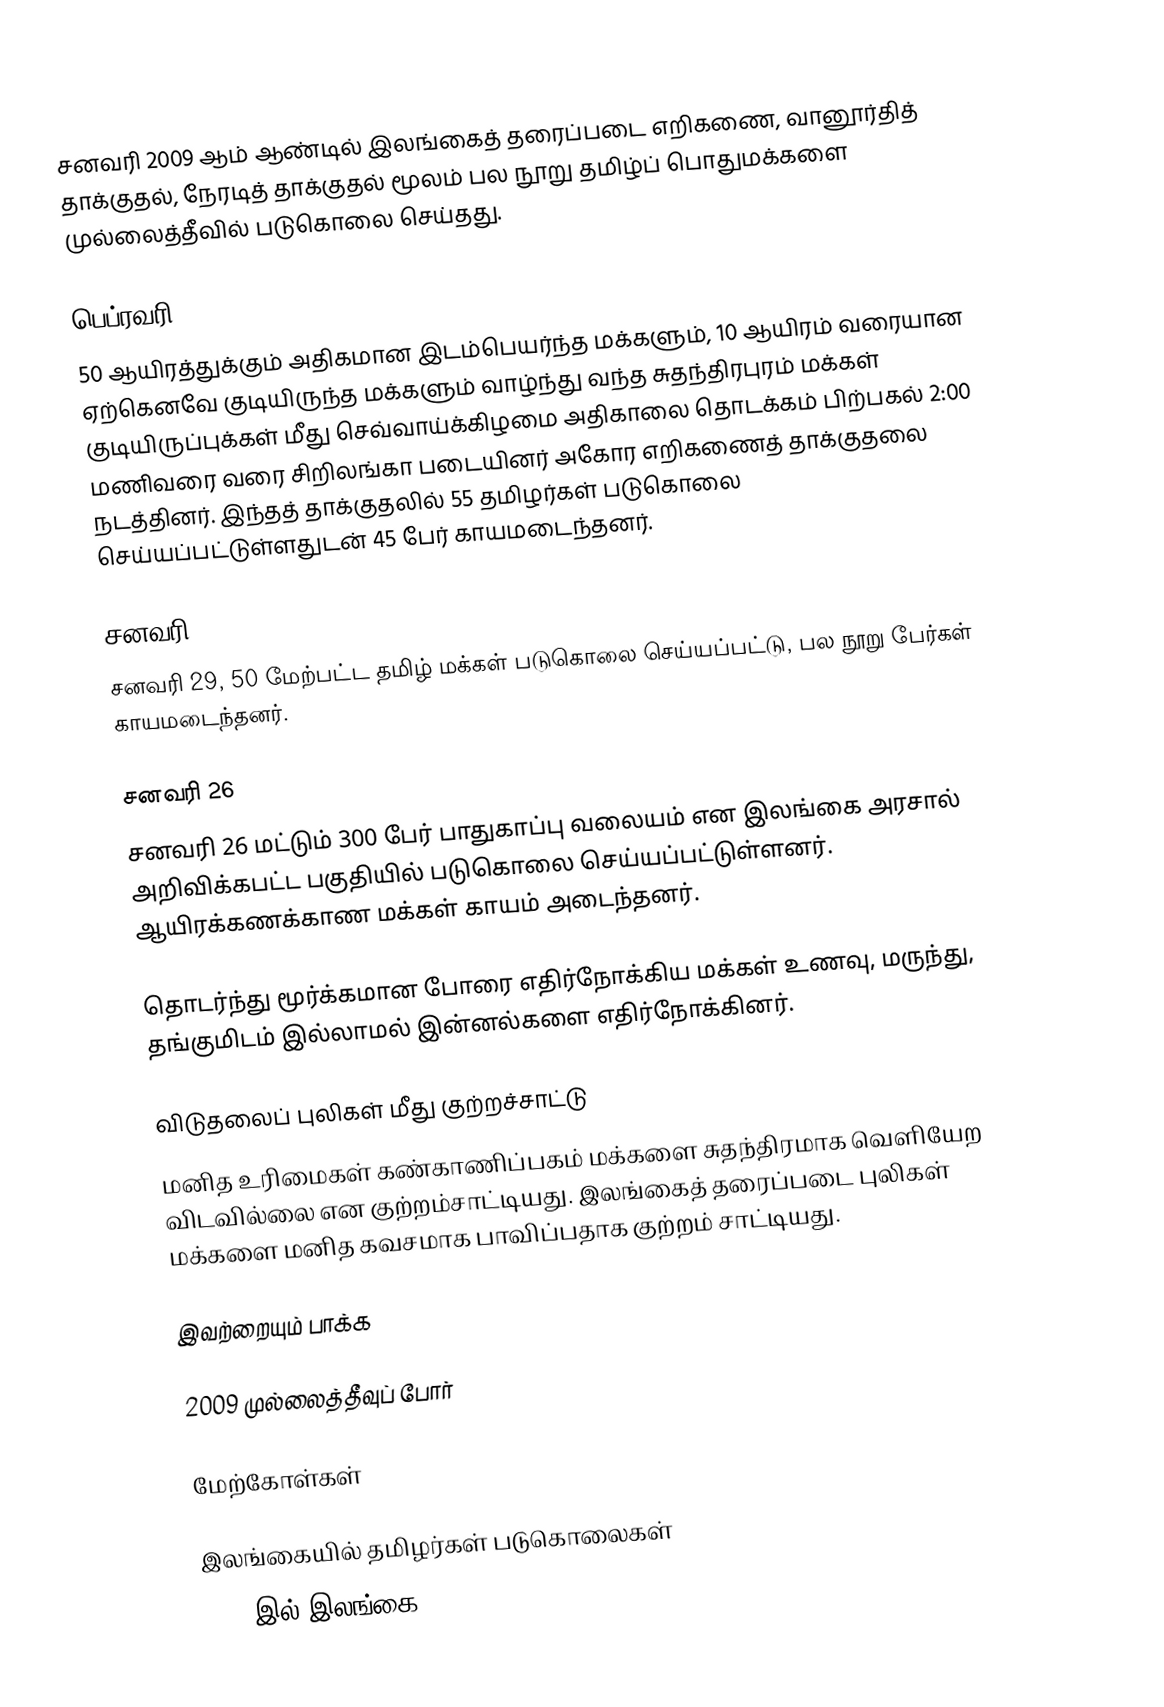
சனவரி 2009 ஆம் ஆண்டில் இலங்கைத் தரைப்படை எறிகணை, வானூர்தித் தாக்குதல், நேரடித் தாக்குதல் மூலம் பல நூறு தமிழ்ப் பொதுமக்களை முல்லைத்தீவில் படுகொலை செய்தது.

பெப்ரவரி 3
50 ஆயிரத்துக்கும் அதிகமான இடம்பெயர்ந்த மக்களும், 10 ஆயிரம் வரையான ஏற்கெனவே குடியிருந்த மக்களும் வாழ்ந்து வந்த சுதந்திரபுரம் மக்கள் குடியிருப்புக்கள் மீது செவ்வாய்க்கிழமை அதிகாலை தொடக்கம் பிற்பகல் 2:00 மணிவரை வரை சிறிலங்கா படையினர் அகோர எறிகணைத் தாக்குதலை நடத்தினர். இந்தத் தாக்குதலில் 55 தமிழர்கள் படுகொலை செய்யப்பட்டுள்ளதுடன் 45 பேர் காயமடைந்தனர்.

சனவரி 29
சனவரி 29, 50 மேற்பட்ட தமிழ் மக்கள் படுகொலை செய்யப்பட்டு, பல நூறு பேர்கள் காயமடைந்தனர்.

சனவரி 26
சனவரி 26 மட்டும் 300 பேர் பாதுகாப்பு வலையம் என இலங்கை அரசால் அறிவிக்கபட்ட பகுதியில் படுகொலை செய்யப்பட்டுள்ளனர்.  ஆயிரக்கணக்காண மக்கள் காயம் அடைந்தனர்.

தொடர்ந்து மூர்க்கமான போரை எதிர்நோக்கிய  மக்கள் உணவு, மருந்து, தங்குமிடம் இல்லாமல் இன்னல்களை எதிர்நோக்கினர்.

விடுதலைப் புலிகள் மீது குற்றச்சாட்டு
மனித உரிமைகள் கண்காணிப்பகம் மக்களை சுதந்திரமாக வெளியேற விடவில்லை என குற்றம்சாட்டியது. இலங்கைத் தரைப்படை புலிகள் மக்களை மனித கவசமாக பாவிப்பதாக குற்றம் சாட்டியது.

இவற்றையும் பாக்க

 2009 முல்லைத்தீவுப் போர்

மேற்கோள்கள்

இலங்கையில் தமிழர்கள் படுகொலைகள்
2009 இல் இலங்கை